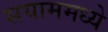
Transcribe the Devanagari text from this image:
सयाममध्ये